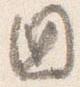
国